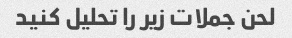
لحن جملات زیر را تحلیل کنید